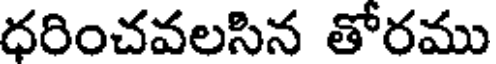
ధరించవలసిన తోరము